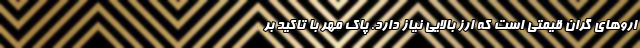
اروهای گران قیمتی است که ارز بالایی نیاز دارد. پاک مهر با تاکید بر